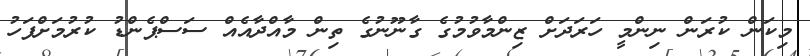
މިކަން ކުރަން ނިންމީ ހަރަދަށް ޒިންމާވުމުގެ ގާނޫނުގެ ތިން މާއްދާއެއް ސަސްޕެންޑު ކުރުމަށްފަހު